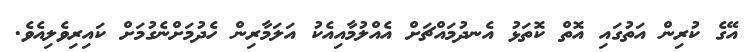
އޭގެ ކުރިން އަތުގައި އޮތް ކޮތަޅު އެނދުމައްޗަށް އެއްލުމާއިއެކު އަލަމާރިން ހެދުމަށްނެގުމަށް ކައިރިވެލިއެވެ.